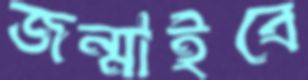
জন্মাইবে